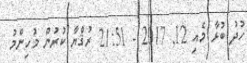
ހުދު ބުޅާ މެއި 12